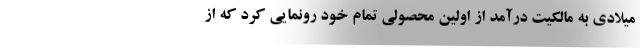
میلادی به مالکیت درآمد از اولین محصولی تمام خود رونمایی کرد که از